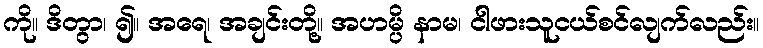
ကို။ ဒိတွာ၊ ၍။ အရေ၊ အချင်းတို့။ အဟမ္ပိ နာမ၊ ငါဖားသူငယ်စင်လျက်လည်း။